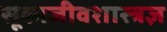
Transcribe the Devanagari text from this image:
सूक्ष्मजीवशास्त्रज्ञ